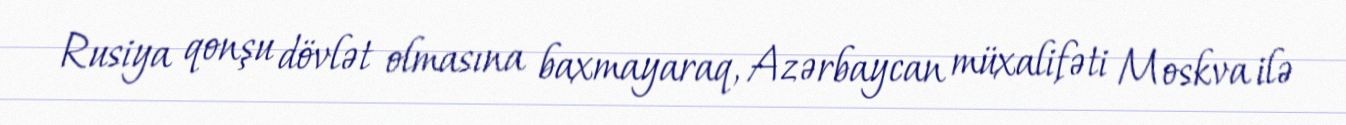
Rusiya qonşu dövlət olmasına baxmayaraq, Azərbaycan müxalifəti Moskva ilə